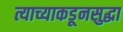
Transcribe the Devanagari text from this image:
त्याच्याकडूनसुद्धा